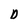
Character: D